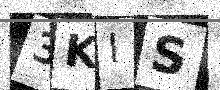
Text: 3KIS